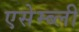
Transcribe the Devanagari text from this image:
एसेम्ब्ली